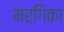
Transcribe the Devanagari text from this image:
मर्गिका